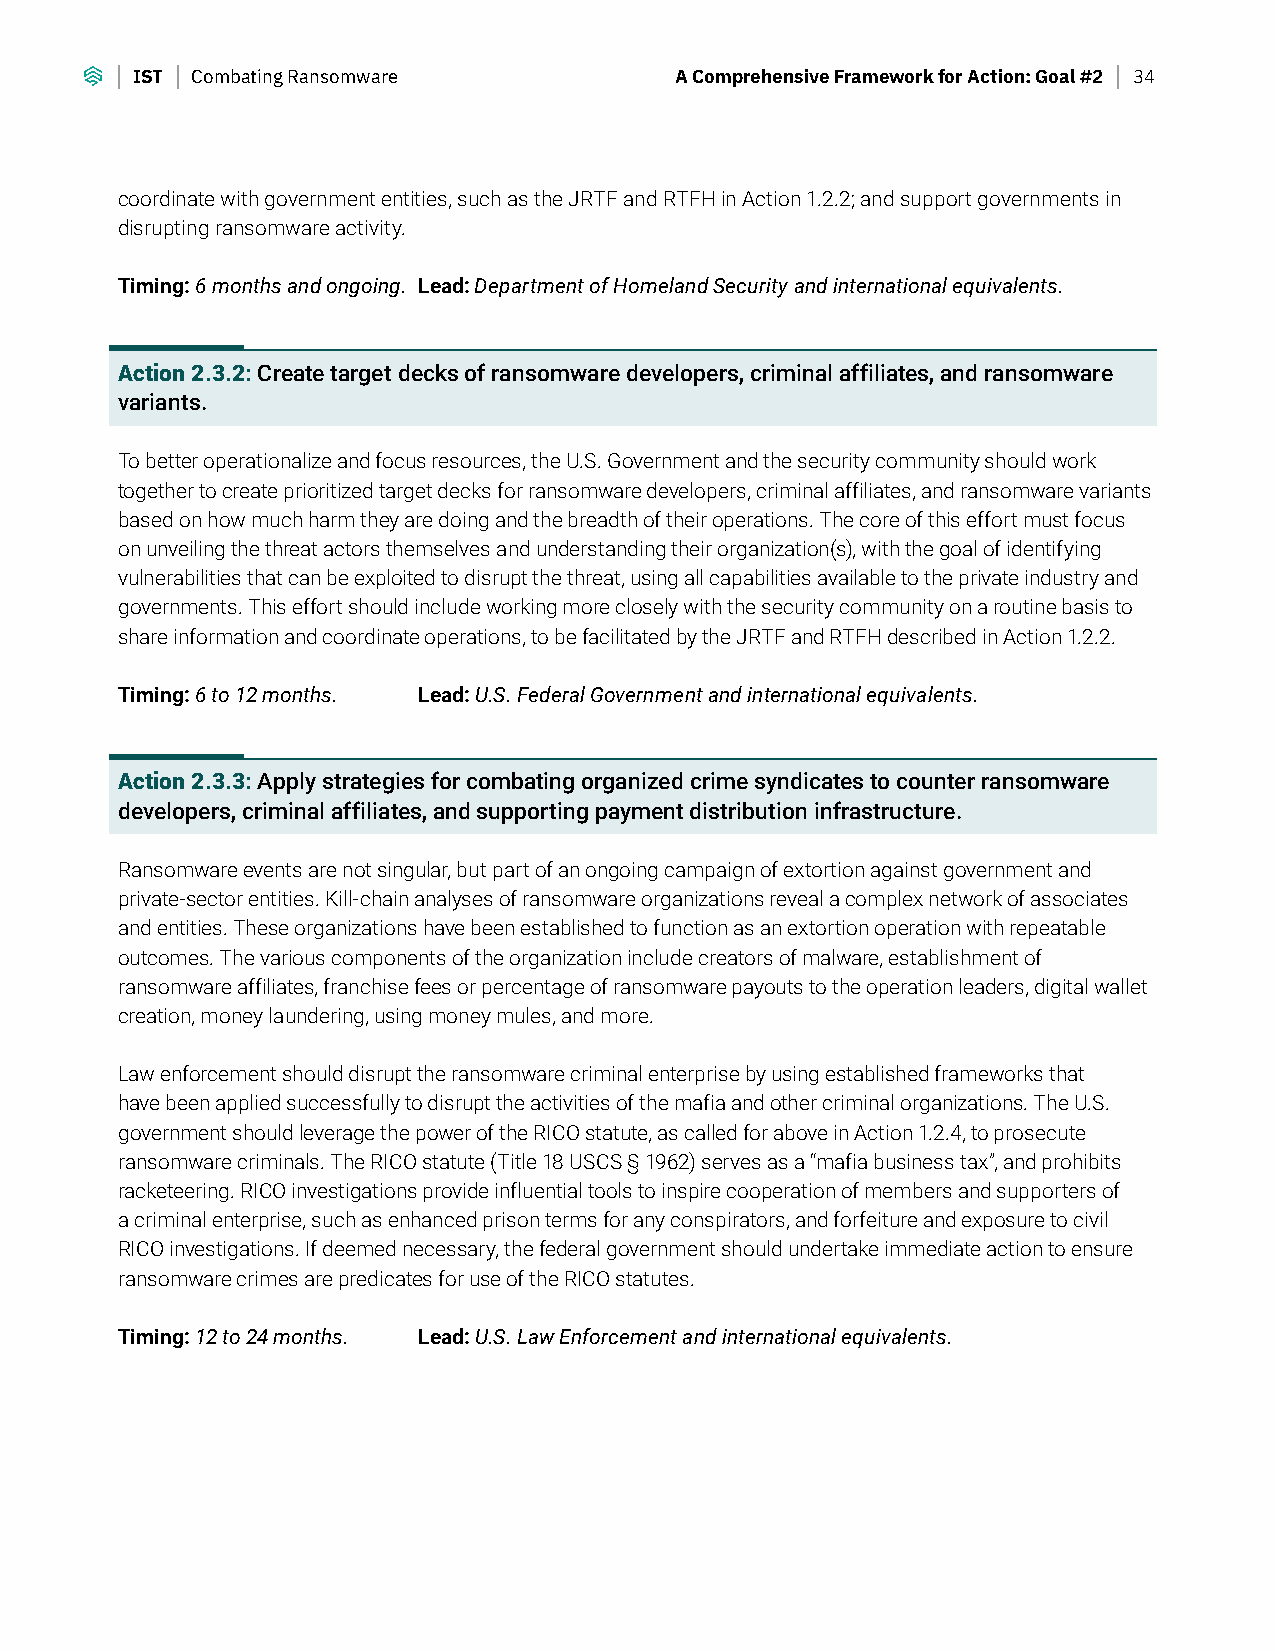
IST Combating Ransomware            A Comprehensive Framework for Action: Goal #2 34
 coordinate with government entities, such as the JRTF and RTFH in Action 1.2.2; and support governments in
 disrupting ransomware activity.
 Timing: 6 months and ongoing. Lead: Department of Homeland Security and international equivalents.
 Action 2.3.2: Create target decks of ransomware developers, criminal affiliates, and ransomware
 variants.
 To better operationalize and focus resources, the U.S. Government and the security community should work
 together to create prioritized target decks for ransomware developers, criminal affiliates, and ransomware variants
 based on how much harm they are doing and the breadth of their operations. The core of this effort must focus
 on unveiling the threat actors themselves and understanding their organization(s), with the goal of identifying
 vulnerabilities that can be exploited to disrupt the threat, using all capabilities available to the private industry and
 governments. This effort should include working more closely with the security community on a routine basis to
 share information and coordinate operations, to be facilitated by the JRTF and RTFH described in Action 1.2.2.
 Timing: 6 to 12 months. Lead: U.S. Federal Government and international equivalents.
 Action 2.3.3: Apply strategies for combating organized crime syndicates to counter ransomware
 developers, criminal affiliates, and supporting payment distribution infrastructure.
 Ransomware events are not singular, but part of an ongoing campaign of extortion against government and
 private-sector entities. Kill-chain analyses of ransomware organizations reveal a complex network of associates
 and entities. These organizations have been established to function as an extortion operation with repeatable
 outcomes. The various components of the organization include creators of malware, establishment of
 ransomware affiliates, franchise fees or percentage of ransomware payouts to the operation leaders, digital wallet
 creation, money laundering, using money mules, and more.
 Law enforcement should disrupt the ransomware criminal enterprise by using established frameworks that
 have been applied successfully to disrupt the activities of the mafia and other criminal organizations. The U.S.
 government should leverage the power of the RICO statute, as called for above in Action 1.2.4, to prosecute
 ransomware criminals. The RICO statute (Title 18 USCS § 1962) serves as a “mafia business tax”, and prohibits
 racketeering. RICO investigations provide influential tools to inspire cooperation of members and supporters of
 a criminal enterprise, such as enhanced prison terms for any conspirators, and forfeiture and exposure to civil
 RICO investigations. If deemed necessary, the federal government should undertake immediate action to ensure
 ransomware crimes are predicates for use of the RICO statutes.
 Timing: 12 to 24 months. Lead: U.S. Law Enforcement and international equivalents.